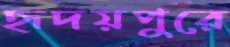
হৃদয়পুরে